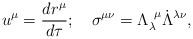
LaTeX: \begin{align*}u^\mu={{dr^\mu}\over{d\tau}};~~~\sigma^{\mu\nu}=\Lambda_{\lambda}^{~\mu}\dot{\Lambda}^{\lambda\nu}, \end{align*}